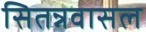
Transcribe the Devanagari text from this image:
सितन्नवासल